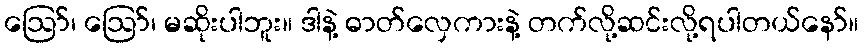
ဪ၊ ဪ၊ မဆိုးပါဘူး။ ဒါနဲ့ ဓာတ်လှေကားနဲ့ တက်လို့ဆင်းလို့ရပါတယ်နော်။